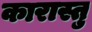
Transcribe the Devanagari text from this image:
कारास्तु